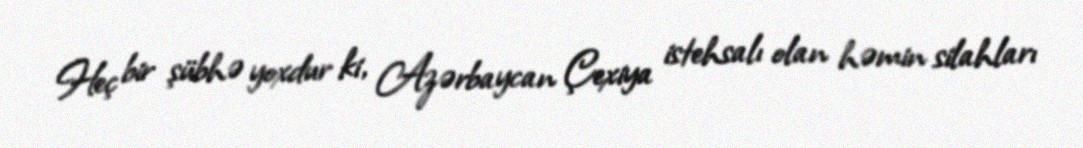
Heç bir şübhə yoxdur ki, Azərbaycan Çexiya istehsalı olan həmin silahları